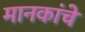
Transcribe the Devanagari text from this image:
मानकांचे